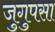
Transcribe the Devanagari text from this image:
जुगुपसा